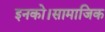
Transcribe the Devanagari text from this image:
इनको।सामाजिक